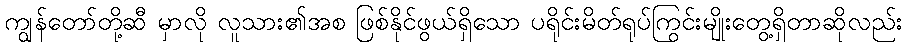
ကျွန်တော်တို့ဆီ မှာလို လူသား၏အစ ဖြစ်နိုင်ဖွယ်ရှိသော ပရိုင်းမိတ်ရုပ်ကြွင်းမျိုးတွေ့ရှိတာဆိုလည်း